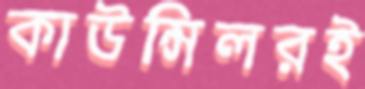
কাউন্সিলরই